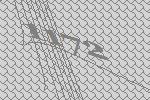
1172